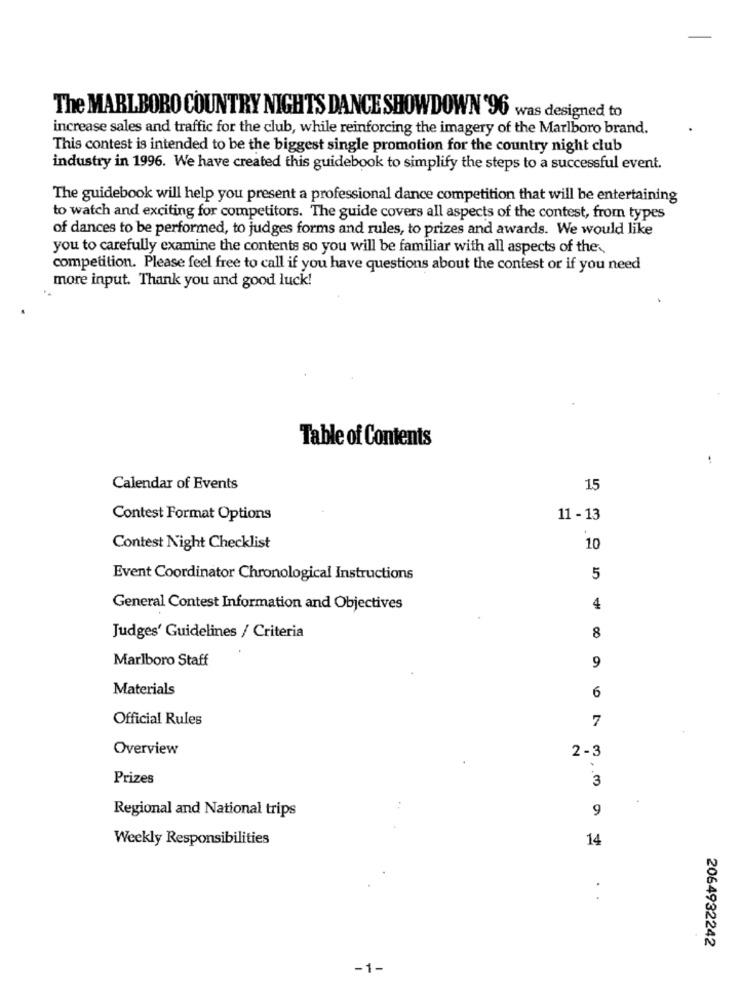
The MARLBORO COUNTRY NIGHTS DANCE SHOWDOWN '90 was designed to
increase sales and traffic for the club, while reinforcing the imagery of the Marlboro brand.
This contest is intended to be the biggest single promotion for the country night club
industry in 1996. We have created this guidebook to simplify the steps to a successful event.
The guidebook will help you present a professional dance competition that will be entertaining
to watch and exciting for competitors. The guide covers all aspects of the contest, from types
of dances to be performed, to judges forms and rules, to prizes and awards. We would like
you to carefully examine the contents so you will be familiar with all aspects of the
competition. Please feel free to call if you have questions about the contest or if you need
more input. Thank you and good luck!
Table of Contents
Calendar of Events
15
Contest Format Options
11 - 13
Contest Night Checklist
10
Event Coordinator Chronological Instructions
5
General Contest Information and Objectives
4
8
Judges' Guidelines / Criteria
Marlboro Staff
9
Materials
6
Official Rules
7
Overview
2-3
Prizes
3
Regional and National trips
9
Weekly Responsibilities
14
2064932242
-1-